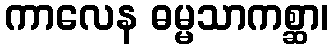
ကာလေန ဓမ္မသာကစ္ဆာ၊